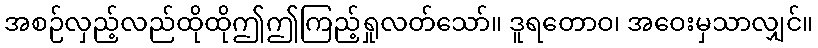
အစဉ်လှည့်လည်ထိုထိုဤဤကြည့်ရှုလတ်သော်။ ဒူရတောဝ၊ အဝေးမှသာလျှင်။